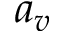
a _ { v }